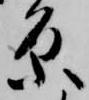
原